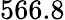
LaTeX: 566.8